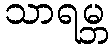
သာရမ္ဘ